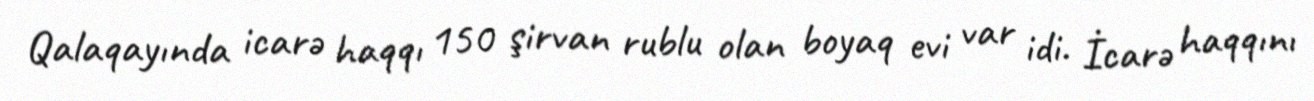
Qalaqayında icarə haqqı 150 şirvan rublu olan boyaq evi var idi. İcarə haqqını